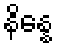
နိန္နေ